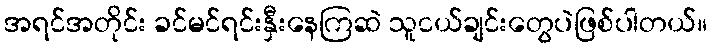
အရင်အတိုင်း ခင်မင်ရင်းနှီးနေကြဆဲ သူငယ်ချင်းတွေပဲဖြစ်ပါတယ်။